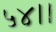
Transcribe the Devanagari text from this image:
५४।।